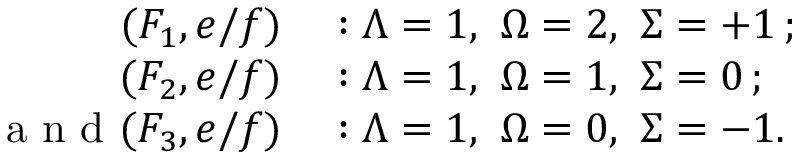
\begin{array} { r l } { ( F _ { 1 } , e / f ) } & { { } : \ensuremath { \Lambda } = 1 , \ \ensuremath { \Omega } = 2 , \ \ensuremath { \Sigma } = + 1 \, ; } \\ { ( F _ { 2 } , e / f ) } & { { } : \ensuremath { \Lambda } = 1 , \ \ensuremath { \Omega } = 1 , \ \ensuremath { \Sigma } = 0 \, ; } \\ { \mathrm { ~ a ~ n ~ d ~ } ( F _ { 3 } , e / f ) } & { { } : \ensuremath { \Lambda } = 1 , \ \ensuremath { \Omega } = 0 , \ \ensuremath { \Sigma } = - 1 . } \end{array}